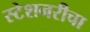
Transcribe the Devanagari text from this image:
स्टेशनरीचा